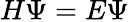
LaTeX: H\Psi=E\Psi